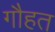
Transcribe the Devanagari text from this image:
गौहत